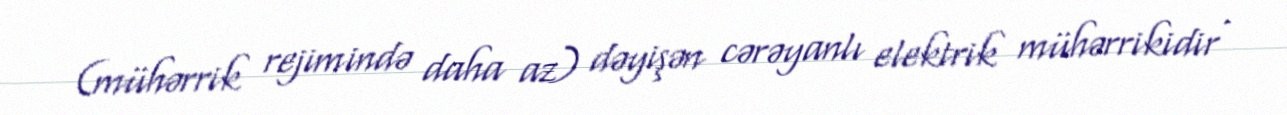
(mühərrik rejimində daha az) dəyişən cərəyanlı elektrik mühərrikidir .